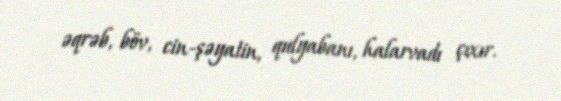
əqrəb, böv, cin-şəyatin, qulyabanı, halarvadı çıxır.